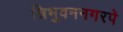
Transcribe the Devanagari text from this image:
त्रिभुवननगरपे